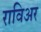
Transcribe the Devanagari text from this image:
राविअर